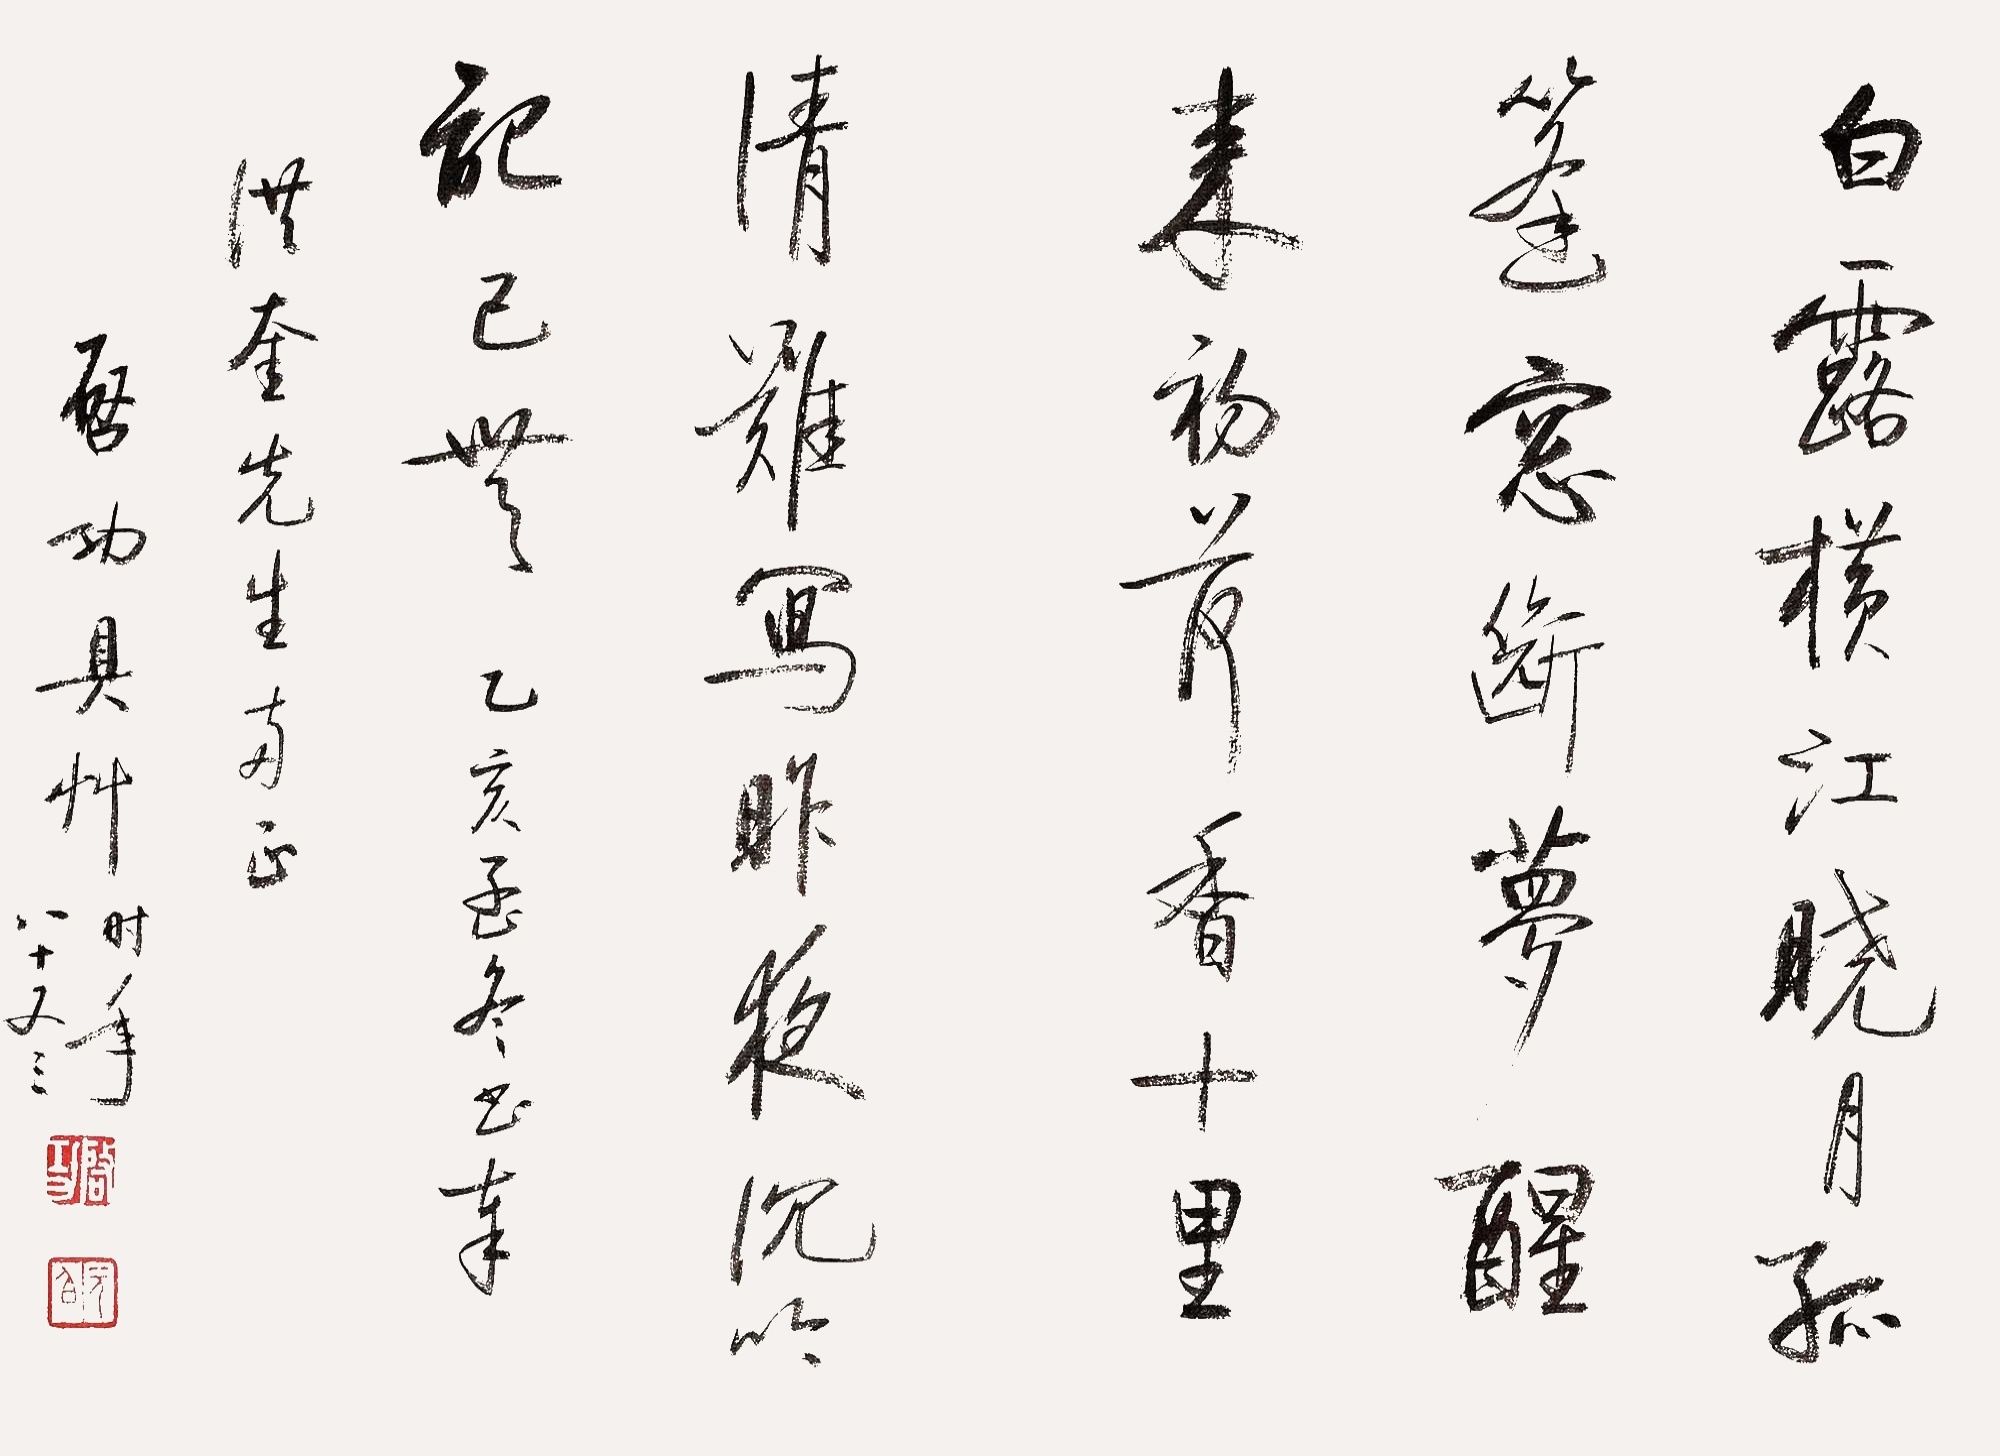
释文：白露横江晓月孤，篷窗断梦醒来初。荷香十里清难写，昨夜沉吟记已无。乙亥孟冬书奉洪奎先生两正，启功具草时年八十又三。